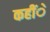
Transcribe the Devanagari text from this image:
कहींे